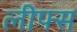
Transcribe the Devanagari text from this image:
लीफ्स